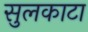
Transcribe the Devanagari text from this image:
सुलकाटा